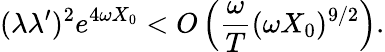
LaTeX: (\lambda\lambda^{\prime})^{2}e^{4\omega X_{0}}<O\left(\frac{\omega}{T}(\omega X_{0})^{9/2}\right).